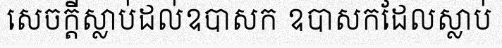
សេចក្តីស្លាប់ដល់ឧបាសក ឧបាសកដែលស្លាប់